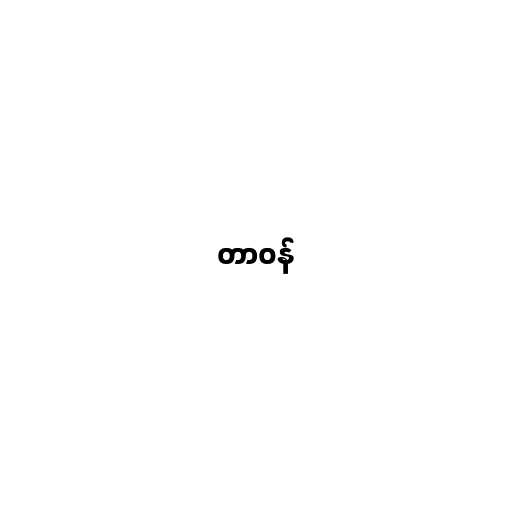
တာဝန်